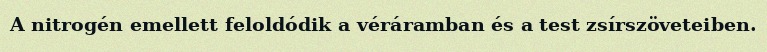
A nitrogén emellett feloldódik a véráramban és a test zsírszöveteiben.